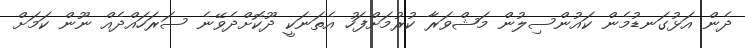
ދެން އަޅުގަނޑުމެން ކައުންސިލުން މަޝްވަރާ ކުރުމަށްފަހު އެތަނަކީ ދޫކޮށްދެވޭނެ ސަރަހައްދެއް ނޫން ކަމަށް